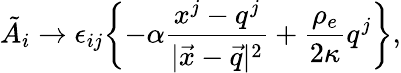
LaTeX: \tilde{A}_{i}\rightarrow\epsilon_{ij}\biggl\{ -\alpha\frac{x^{j}-q^{j}}{|\vec{x}-\vec{q}|^{2}}+\frac{\rho_{e}}{2\kappa}q^{j}\biggr\} ,